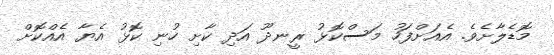
މޮޑެލާށެވެ. އެއަށްފަހު މަސްކޮޅު ރީނދޫ އަދި ކާށި ހުނި ކޮޅު އެޔާ އެއްކޮށް